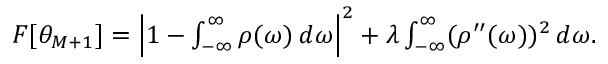
\begin{array} { r } { F [ \theta _ { M + 1 } ] = \left| 1 - \int _ { - \infty } ^ { \infty } \rho ( \omega ) \, d \omega \right| ^ { 2 } + \lambda \int _ { - \infty } ^ { \infty } ( \rho ^ { \prime \prime } ( \omega ) ) ^ { 2 } \, d \omega . } \end{array}